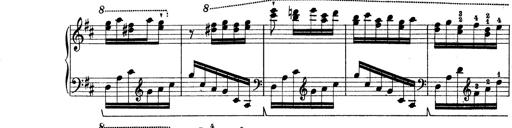
Title: Rapsodie: 19 ungheresi, 1 spagnuola
Composer: Franz Liszt